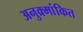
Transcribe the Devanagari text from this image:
अनुक्र्मांकित